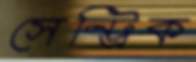
সেন্ট্রিক